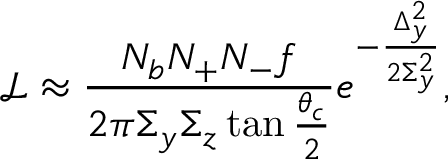
\mathcal { L } \approx \frac { N _ { b } N _ { + } N _ { - } f } { 2 \pi \Sigma _ { y } \Sigma _ { z } \tan \frac { \theta _ { c } } { 2 } } e ^ { - \frac { \Delta _ { y } ^ { 2 } } { 2 \Sigma _ { y } ^ { 2 } } } ,